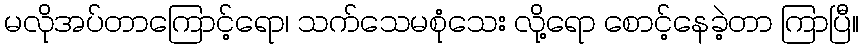
မလိုအပ်တာကြောင့်ရော၊ သက်သေမစုံသေး လို့ရော စောင့်နေခဲ့တာ ကြာပြီ။